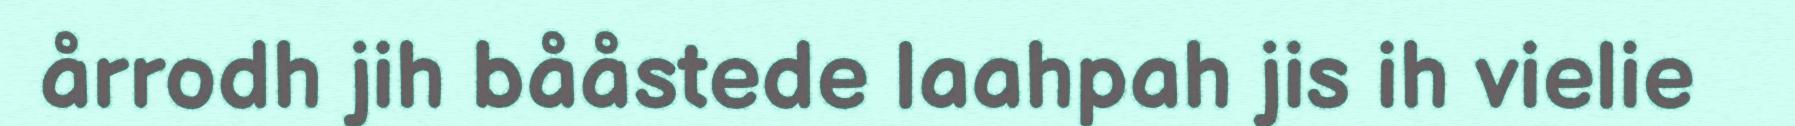
årrodh jih bååstede laahpah jis ih vielie